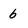
Character: b